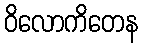
ဝိလောကိတေန